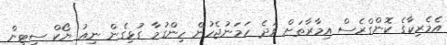
އެމެރިކާގެ ކޮންގްރެސް އިމާރާތަށް ވަދެ ހަމަނުޖެހުން ހިންގުމާ ގުޅިގެން ނިއު ޔޯކް ސިޓީން